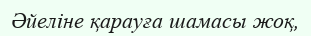
Әйеліне қарауға шамасы жоқ,